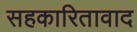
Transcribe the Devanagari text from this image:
सहकारितावाद